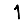
Digit: 1